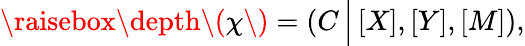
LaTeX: \begin{array}{r}{\raisebox{\depth}{\( \chi\) }=\left(C\, \Big|\, [X],[Y],[M]\right),}\end{array}